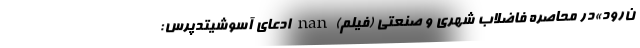
ن‌رود»در محاصره فاضلاب شهری و صنعتی (فیلم) nan ادعای آسوشیتدپرس: